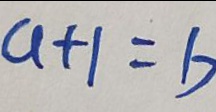
a + 1 = b